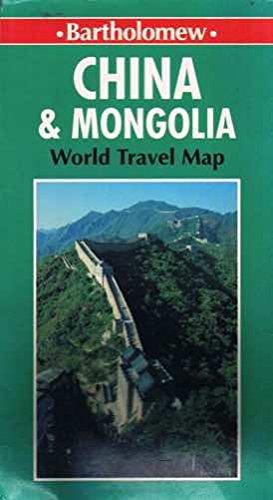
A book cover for China and Mongolia (World Travel Maps); Barry Winkleman; Travel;